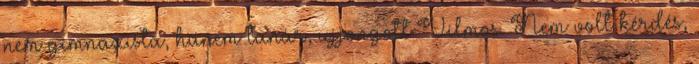
nem gimnazista, hanem tanár, ujjongott Vilmos. Nem volt kérdés,